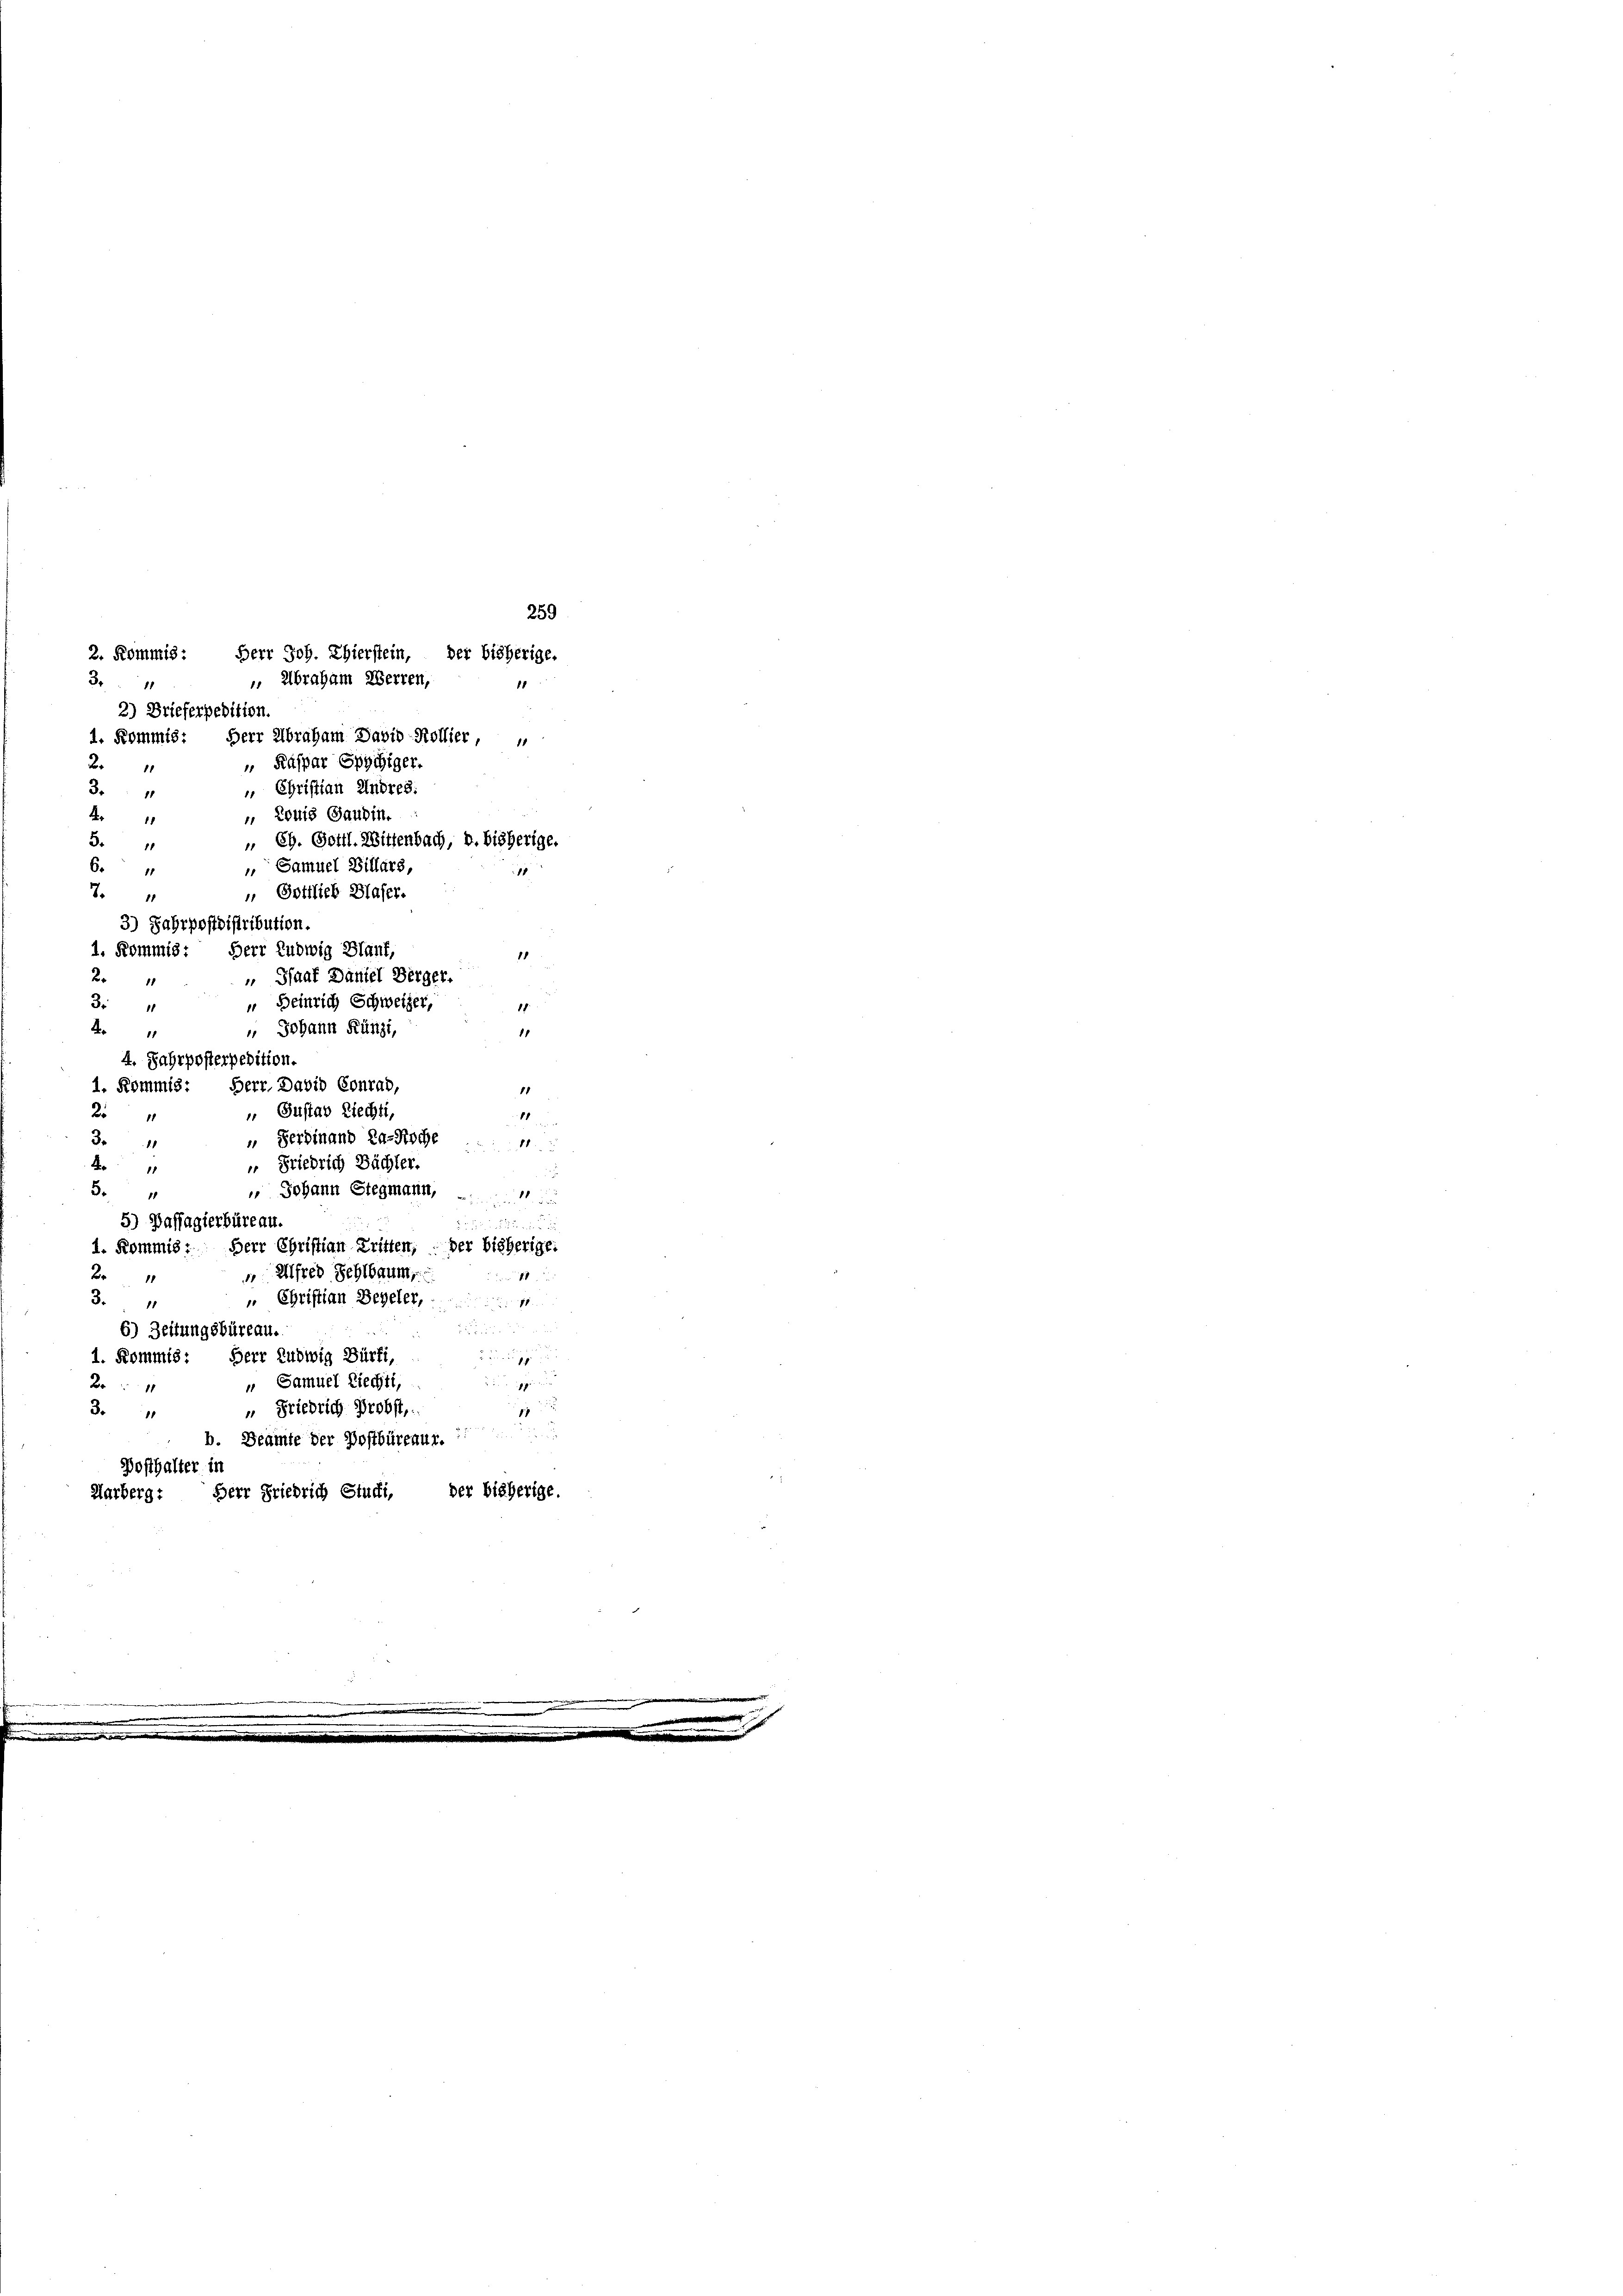
Abraham Herren,
3
11
2) Brieferpedition.
1. Kommis: Herr Abraham David Kollier,
2.
 Kaspar Spychiger.
11
3.
 Christian Andres:
1
 Louis Gaudin.
A
 EG. Gottl. Wittenbach, u. bisherige.
3
1
6.
 Samuel Billars,
11
4
" Gottlieb Blaser.
3) Fahrpostdistribution.
1. Kommis: Herr Ludwig Blant,
1
 Shaaf Daniel Verger.
2.
1
 Heinrich Schweizer,
34
 Johann Künzi,
A
4. Jahrposterpedition.
1. Kommis: Herr. David Conrad,
 Gustav Liechti,
11
2
“ Ferdinand das Koche
3.
11
11
A
 Friedrich Bächter.
11
3
 Johann Stegmann,
5) Dassagierbüreau
1. Kommis. Herr Christian Dritten, der bisherige.
2.
 Alfred Sehlbaum,
1
„ Christian Bezeler,
3.4

6) Zeitungsbüreau.

2. Kommis: Herr Joh. Chierstein, der bisherige.

259

1. Kommis: Herr Ludwig Bürti,
.
" Samuel Liechti,
Br
7
o
„ Friedrich Probst,
1
b. Beamte der Postbürenur.
Dosthalter in
Harberg: Herr Friedrich Stucki, der bisherige.